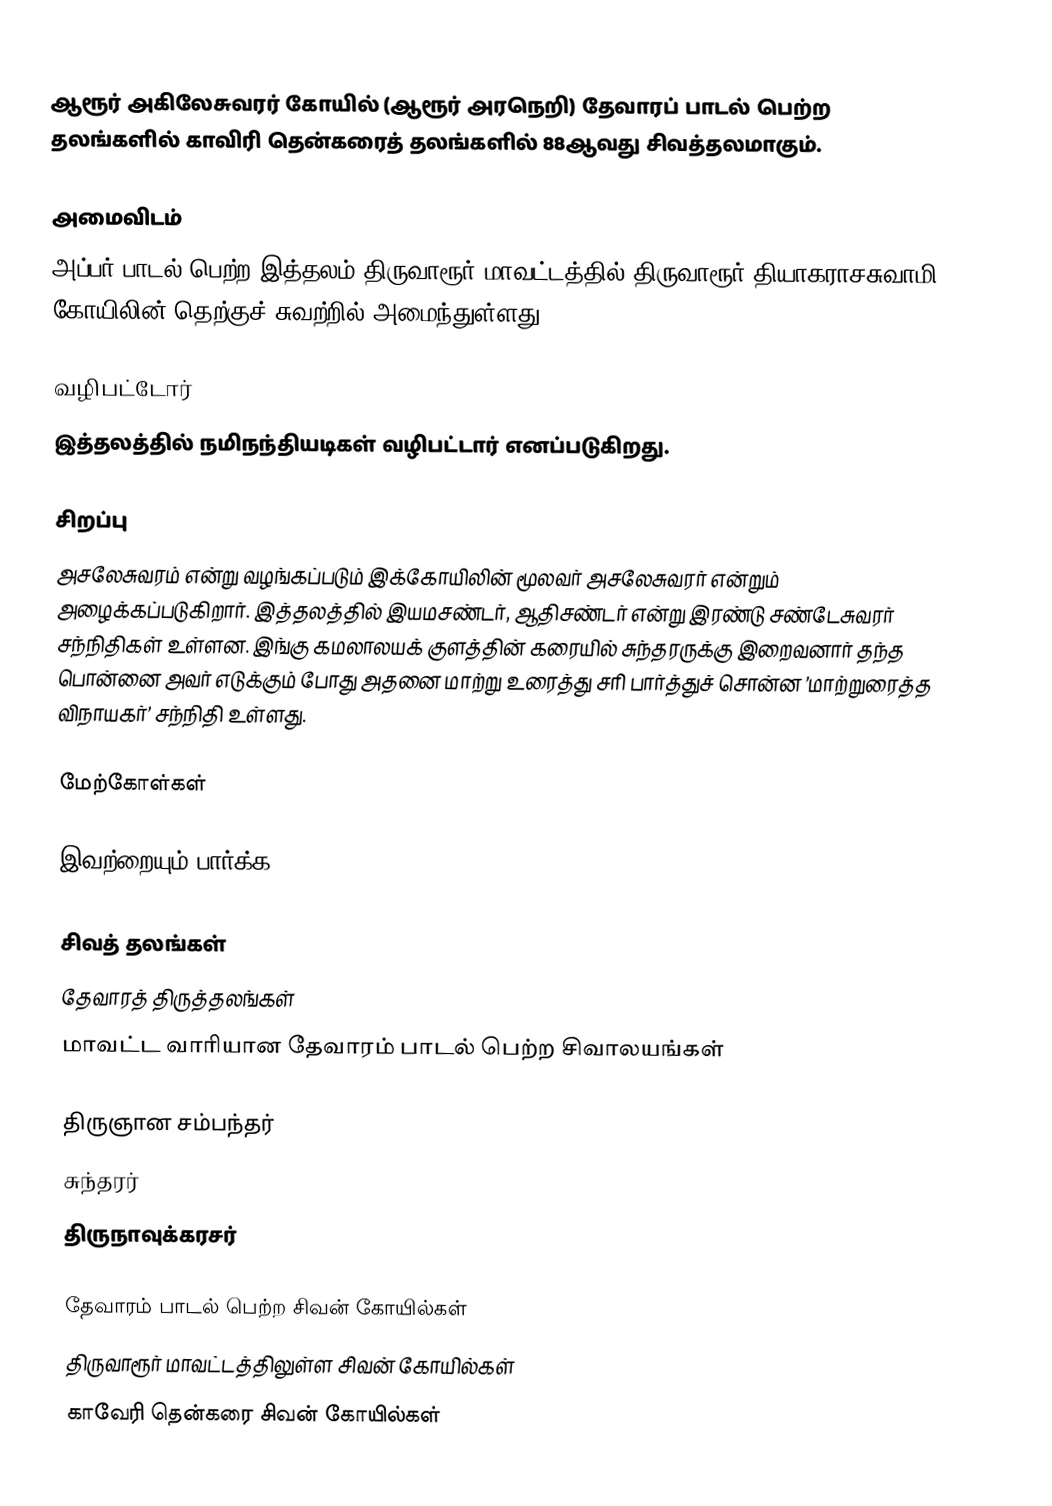
ஆரூர் அகிலேசுவரர் கோயில் (ஆரூர் அரநெறி) தேவாரப் பாடல் பெற்ற தலங்களில் காவிரி தென்கரைத் தலங்களில் 88ஆவது சிவத்தலமாகும்.

அமைவிடம்
அப்பர் பாடல் பெற்ற இத்தலம்  திருவாரூர் மாவட்டத்தில் திருவாரூர் தியாகராசசுவாமி கோயிலின் தெற்குச் சுவற்றில் அமைந்துள்ளது.

வழிபட்டோர்
இத்தலத்தில் நமிநந்தியடிகள் வழிபட்டார் எனப்படுகிறது.

சிறப்பு
அசலேசுவரம் என்று வழங்கப்படும் இக்கோயிலின் மூலவர் அசலேசுவரர் என்றும் அழைக்கப்படுகிறார்.  இத்தலத்தில் இயமசண்டர், ஆதிசண்டர் என்று இரண்டு சண்டேசுவரர் சந்நிதிகள் உள்ளன. இங்கு கமலாலயக் குளத்தின் கரையில் சுந்தரருக்கு இறைவனார் தந்த பொன்னை அவர் எடுக்கும் போது அதனை மாற்று உரைத்து சரி பார்த்துச் சொன்ன ’மாற்றுரைத்த விநாயகர்’ சந்நிதி உள்ளது.

மேற்கோள்கள்

இவற்றையும் பார்க்க

 சிவத் தலங்கள்
 தேவாரத் திருத்தலங்கள்
 மாவட்ட வாரியான தேவாரம் பாடல் பெற்ற சிவாலயங்கள்

 திருஞான சம்பந்தர்
 சுந்தரர்
 திருநாவுக்கரசர்

தேவாரம் பாடல் பெற்ற சிவன் கோயில்கள்
திருவாரூர் மாவட்டத்திலுள்ள சிவன் கோயில்கள்
காவேரி தென்கரை சிவன் கோயில்கள்